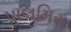
પાલમિરા